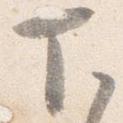
下